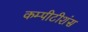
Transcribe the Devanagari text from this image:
कम्पीटीशंस